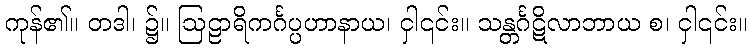
ကုန်၏။ တဒါ၊ ၌။ ဩဠာရိကင်္ဂပ္ပဟာနာယ၊ ငှါ၎င်း။ သန္တင်္ဂဋိလာဘာယ စ၊ ငှါ၎င်း။